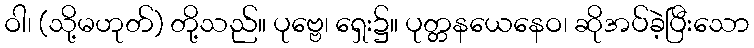
ဝါ၊ (သို့မဟုတ်) တို့သည်။ ပုဗ္ဗေ၊ ရှေး၌။ ပုတ္တနယေနေဝ၊ ဆိုအပ်ခဲ့ပြီးသော